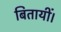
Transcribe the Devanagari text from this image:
बितायीं।